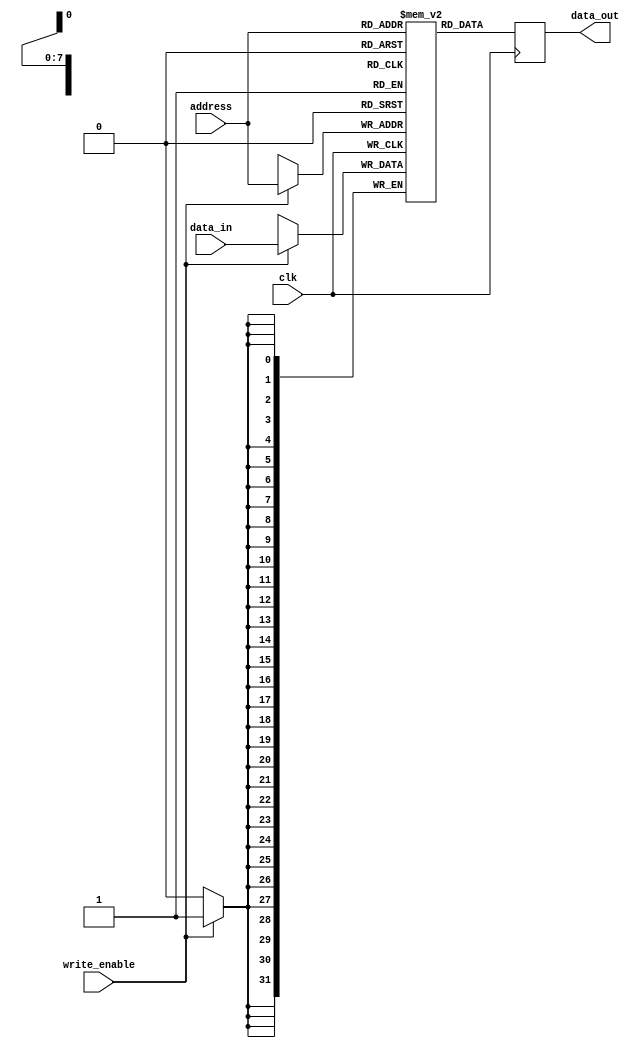
module single_port_register_file(
    input wire clk,
    input wire [7:0] address,
    input wire [31:0] data_in,
    input wire write_enable,
    output reg [31:0] data_out
);

reg [31:0] registers [255:0]; // 256 registers of 32 bits each

always @(posedge clk) begin
    if(write_enable) begin
        registers[address] <= data_in;
    end
    data_out <= registers[address];
end

endmodule